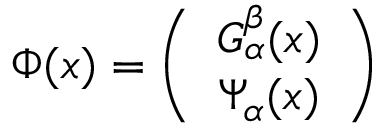
\Phi ( x ) = \left( \begin{array} { c } { { G _ { \alpha } ^ { \beta } ( x ) } } \\ { { \Psi _ { \alpha } ( x ) } } \end{array} \right)